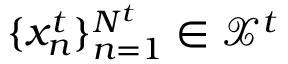
\{ x _ { n } ^ { t } \} _ { n = 1 } ^ { N ^ { t } } \in \mathcal { X } ^ { t }